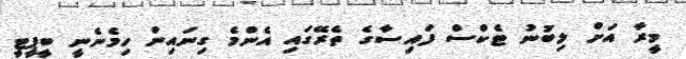
މީރާ އަށް ލިބުނު ޓެކްސް ފައިސާގެ ތެރޭގައި އެންމެ ގިނައިން ހިމެނެނީ ބީޕީޓީ